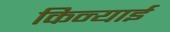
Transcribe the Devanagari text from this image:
किन्याई